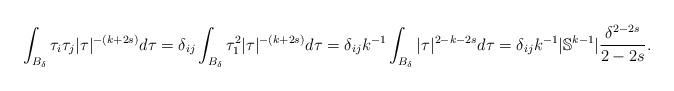
LaTeX: \begin{align*}\int_{B_\delta} \tau_i \tau_j |\tau|^{-(k + 2s)} d\tau = \delta_{ij} \int_{B_\delta} \tau_1^2 |\tau|^{-(k + 2s)} d\tau = \delta_{ij} k^{-1} \int_{B_\delta} |\tau|^{2 - k - 2s} d\tau = \delta_{ij} k^{-1} |\mathbb S^{k - 1}| \frac{\delta^{2 - 2s}}{2 - 2s}.\end{align*}